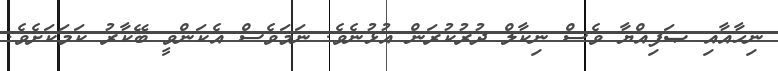
ނިހާއާއި ޞަފިއްޔާ ވެސް ނިކާލް ދުރުކުރަން އުޅުނެވެ. ނަމަވެސް އެކަންވީ ބޭކާރު ކަމަކަށެވެ.